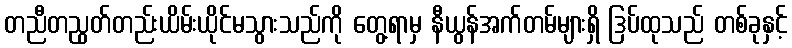
တညီတညွတ်တည်းယိမ်းယိုင်မသွားသည်ကို တွေ့ရာမှ နီယွန်အက်တမ်များရှိ ဒြပ်ထုသည် တစ်ခုနှင့်